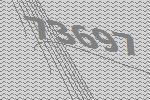
73697